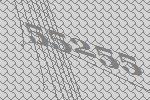
55255